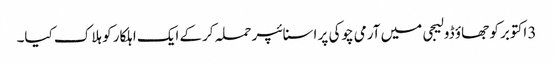
3 اکتوبر کو جھاؤ ڈولیجی میں آرمی چوکی پر اسنائپر حملہ کرکے ایک اہلکار کو ہلاک کیا۔